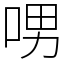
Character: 𠲸